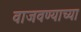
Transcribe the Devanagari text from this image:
वाजवण्याच्या